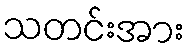
သတင်းအား